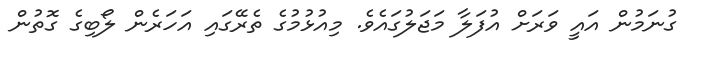
ގުނަމުން އައީ ވަރަށް އުފަލާ މަޖަލުގައެވެ. މިއުޅުމުގެ ތެރޭގައި އަހަރެން ލޯބިގެ ގޮތުން